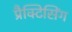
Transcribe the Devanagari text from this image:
प्रैक्टिसिंग